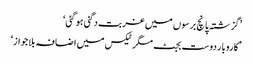
’گزشتہ پانچ برسوں میں غربت دگنی ہو گئی‘
’ کاروبار دوست بجٹ مگر ٹیکس میں اضافہ بلاجواز‘